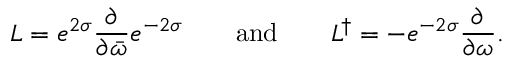
L = e ^ { 2 \sigma } \frac { \partial } { \partial \bar { \omega } } e ^ { - 2 \sigma } \qquad \mathrm { a n d } \qquad L ^ { \dag } = - e ^ { - 2 \sigma } \frac { \partial } { \partial \omega } .